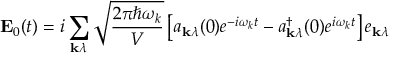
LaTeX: \mathbf { E } _ { 0 } ( t ) = i \sum _ { \mathbf { k } \lambda } { \sqrt { \frac { 2 \pi \hbar \omega _ { k } } { V } } } \left[ a _ { \mathbf { k } \lambda } ( 0 ) e ^ { - i \omega _ { k } t } - a _ { \mathbf { k } \lambda } ^ { \dagger } ( 0 ) e ^ { i \omega _ { k } t } \right] e _ { \mathbf { k } \lambda }